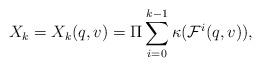
LaTeX: \begin{align*} X_k = X_k(q,v) = \Pi \sum_{i=0}^{k-1} \kappa(\mathcal F^i (q,v)),\end{align*}